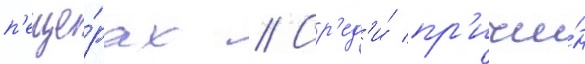
п'еще́рах // Ср'ед'и́ пр'ичи́н